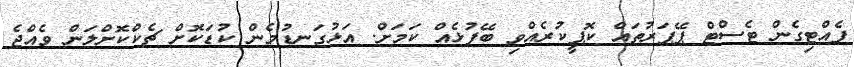
ފެއްޓިގެން ޓެސްޓް ޕޭޕަރުތައް ކޮޕީކުރެއްވި ބޭފުޅެއް ކަމަށް. އަޅުގަނޑުމެން ކުޑަކޮށް ޗެކްކޮށްލަން ވެއްޖެ